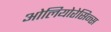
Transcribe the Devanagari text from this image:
ओलियोरेसिन्स